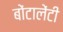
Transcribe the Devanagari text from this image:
बोंटालेंटी